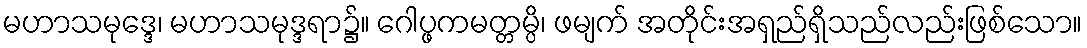
မဟာသမုဒ္ဒေ၊ မဟာသမုဒ္ဒရာ၌။ ဂေါပ္ဖကမတ္တမ္ပိ၊ ဖမျက် အတိုင်းအရှည်ရှိသည်လည်းဖြစ်သော။